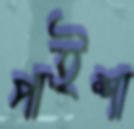
পাইশা